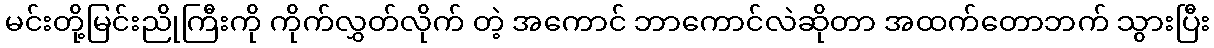
မင်းတို့မြင်းညိုကြီးကို ကိုက်လွှတ်လိုက် တဲ့ အကောင် ဘာကောင်လဲဆိုတာ အထက်တောဘက် သွားပြီး